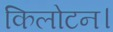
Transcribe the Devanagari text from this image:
किलोटन।